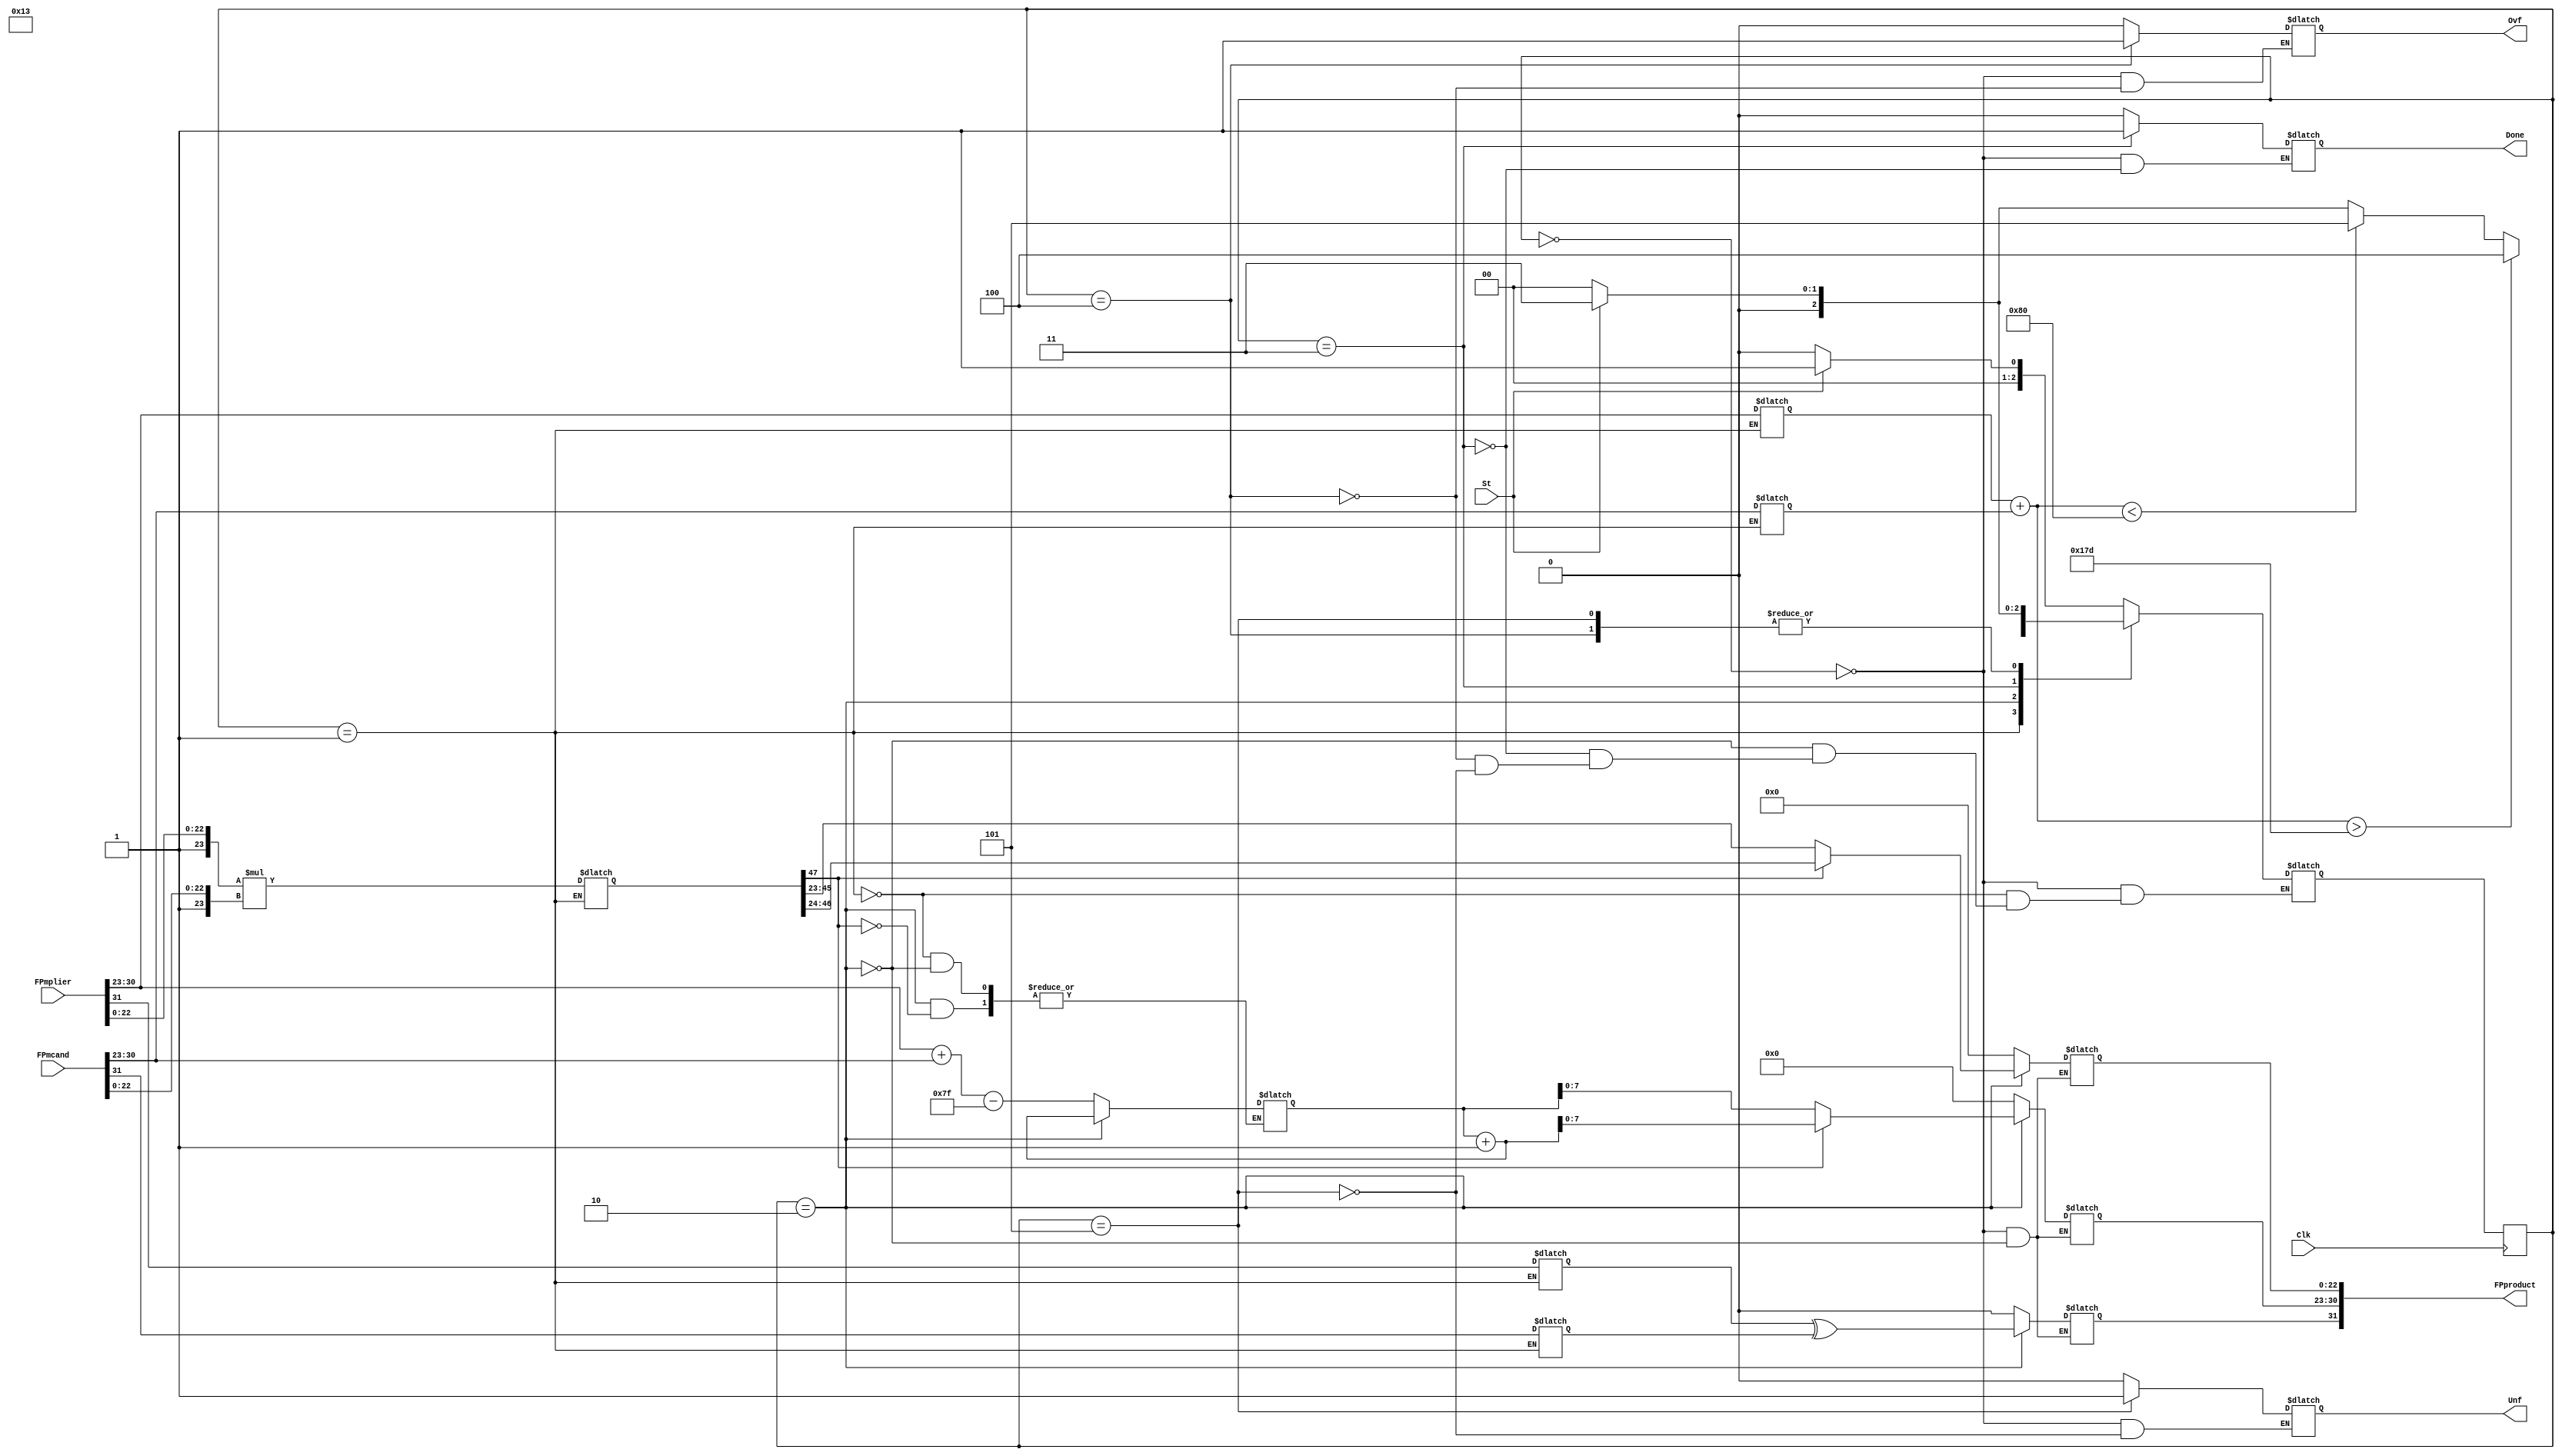
module HW3_FPMUL_SP( Clk, St, FPmplier, FPmcand, Done, Ovf, Unf, FPproduct);

input Clk, St;
input [31:0] FPmplier, FPmcand;
output reg Done, Ovf, Unf;
output reg  [31:0] FPproduct;

reg Load;
reg s1, s2;
reg [7:0] e1,e2;
reg [22:0] f1,f2;
reg [2:0] state, next_state;
reg [47:0] tf;//temp_fraction
reg [8:0]  te;//temp_exponent
reg temp;
reg z;

initial 
  begin 
	temp = 1;
	Load = 0;
	s1 = 0;
	s2 = 0;
	e1 = 0;
	e2 = 0;
	f1 = 0;
	f2 = 0;
	state = 0;
	next_state = 0;
	Done = 0;
	Ovf = 0;
	Unf = 0;
	FPproduct = 0;
	te = 0;
	tf = 0;
	z = 0;
  end 

always @ (posedge Clk)
  begin 
	state <= next_state;
  end 

always @( state,St)

  case (state)
	0: 	
	  begin
		Done <= 0;
		Ovf <= 0;
		Unf <= 0;
		FPproduct <= 0;
		if(St==1)
		  begin 
			Load <=1;
			next_state <=1;
		  end 
		else 
			next_state <=0;
	  end 
	1: 
	  begin 
		s1 = FPmplier[31];
		s2 = FPmcand[31];
		e1 = FPmplier[30:23];
		e2 = FPmcand[30:23];
		f1 = FPmplier[22:0];
		f2 = FPmcand [22:0];
		te = e1  + e2 -127 ;
		tf = {temp,f1} * {temp,f2};
		next_state = 2;
	  end 

	2:
	  begin 
		if(tf[47]==1)
		  begin 
		    FPproduct[31] = s1^s2;
		    te <= te+1;
		    FPproduct[30:23] <=te+1;
		    FPproduct[22:0] <= tf[46:24];
		    next_state <=3;
		  end 
		else 
		  begin 
		    FPproduct[31] = s1^s2;
		    FPproduct[30:23] <=te;
		    FPproduct[22:0]  <= tf[45:23];
		    next_state <=3;
		  end 
		
	  end

	3:
	  begin 
		Done <=1;
		if(e1+e2>381)
			next_state <=4;
		else if(e1+e2<128)
		  begin
			next_state <= 5;
		  end 
		else 
		  begin 
			if(St==1)
			  next_state <=3;
			else 
		 	 next_state <=0;
		  end 

	  end 
	4:
	  begin 
		Ovf<=1;
		if(St==1)
		  next_state <=3;
		else 
		  next_state <=0;
	  end 

	5: 
	  begin 
		Unf <=1;
 		if(St==1)
		  next_state <=3;
		else 
		  next_state <=0;
	  end 
  endcase 
endmodule